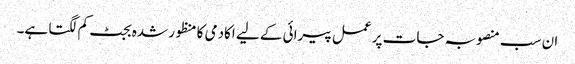
ان سب منصوبہ جات پر عمل پیرائی کے لیے اکادمی کا منظور شدہ بجٹ کم لگتا ہے۔